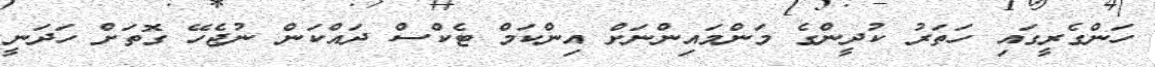
ހަންގެރީގައި ހަތަރު ކުދީންގެ މަންމައިންނަށް އިންކަމް ޓެކްސް ދައްކަން ނުޖެހޭ ގޮތަށް ހަދަނީ